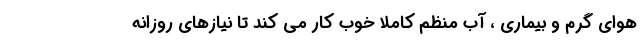
هوای گرم و بیماری ، آب منظم کاملاً خوب کار می کند تا نیازهای روزانه